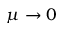
\mu \to 0